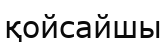
қойсайшы